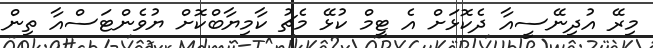
މިރޭ އުދިނޭސީއާ ދެކޮޅަށް އެ ޓީމް ކުޅޭ މެޗު ކާމިޔާބްކޮށް ޔުވެންޓަސްއާ ތިން